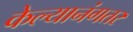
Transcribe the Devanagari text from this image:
केल्यानंगतर